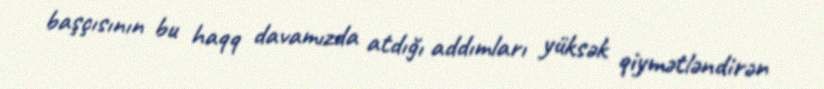
başçısının bu haqq davamızda atdığı addımları yüksək qiymətləndirən